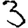
Digit: 3